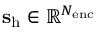
\mathbf { s } _ { \mathrm { h } } \in \mathbb { R } ^ { N _ { \mathrm { e n c } } }